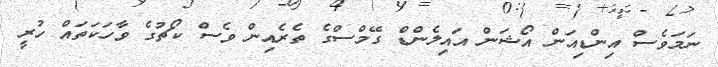
ނަމަވެސް އިންޑިއަން އޯޝަން އައިލެންޑް ގޭމްސްގެ ތެރެއިން ވެސް ކޯޗުގެ ވާހަކަތައް ހުރީ